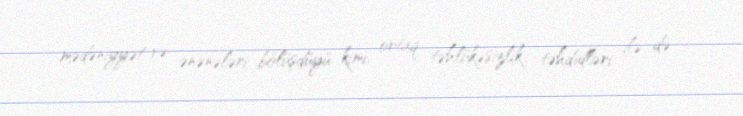
mədəniyyət və ənənələri bölüşdüyü kimi, ortaq təhlükəsizlik təhdidləri ilə də